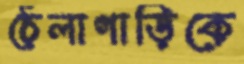
ঠেলাগাড়িকে